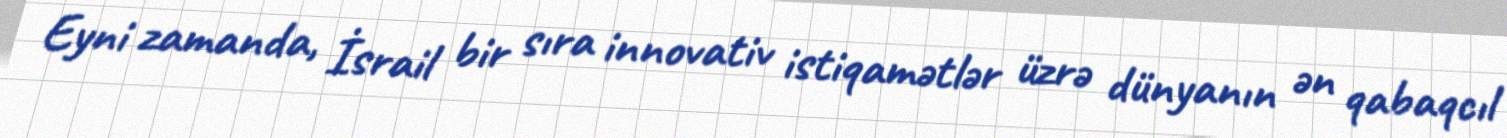
Eyni zamanda, İsrail bir sıra innovativ istiqamətlər üzrə dünyanın ən qabaqcıl